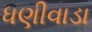
ધણીવાડા